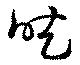
吃